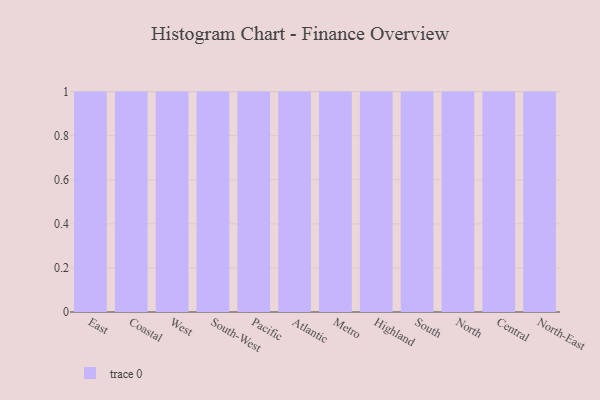
{"axis": {"x": "Region", "y": "Customer Acquisition Cost (USD)"}, "legend": [""], "data": [{"x": "East", "y": 4, "type": ""}, {"x": "Coastal", "y": 79, "type": ""}, {"x": "West", "y": 4, "type": ""}, {"x": "South-West", "y": 38, "type": ""}, {"x": "Pacific", "y": 41, "type": ""}, {"x": "Atlantic", "y": 48, "type": ""}, {"x": "Metro", "y": 1, "type": ""}, {"x": "Highland", "y": 60, "type": ""}, {"x": "South", "y": 18, "type": ""}, {"x": "North", "y": 53, "type": ""}, {"x": "Central", "y": 13, "type": ""}, {"x": "North-East", "y": 62, "type": ""}]}